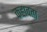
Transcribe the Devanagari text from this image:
कहावता